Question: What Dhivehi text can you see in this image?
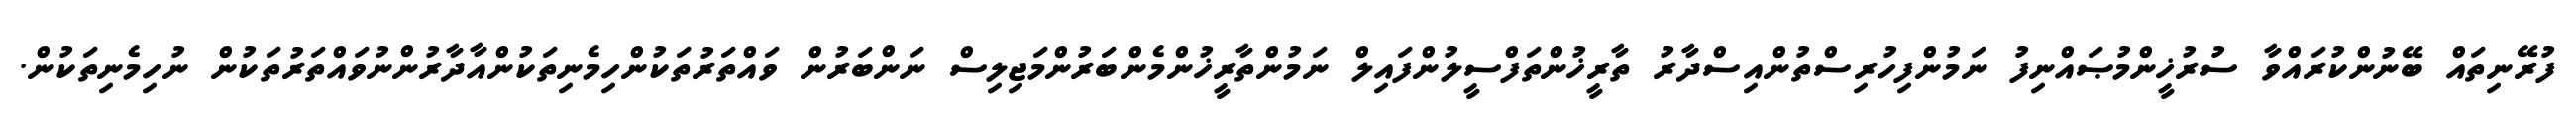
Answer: ފުރޭނިތައް ބޭނުންކުރައްވާ ސުރުޚީންމުޞައްނިފު ނަމުންފިހުރިސްތުންއިސްދާރު ތާރީޚުންތަފްސީލުންފައިލް ނަމުންތާރީޚުންމެންބަރުންމަޖިލިސް ނަންބަރުން ވައްތަރުތަކުންހިމެނިތަކުންއާދާރުންނުވައްތަރުތަކުން ނުހިމެނިތަކުން.